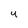
Character: 4